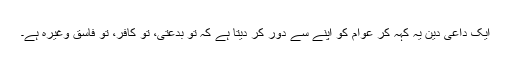
ایک داعیٔ دین یہ کہہ کر عوام کو اپنے سے دور کر دیتا ہے کہ تو بدعتی، تو کافر، تو فاسق وغیرہ ہے۔